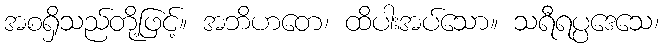
အစရှိသည်တို့ဖြင့်။ အဘိဟတေ၊ ထိပါးအပ်သော။ သရီရပ္ပဒေသေ၊